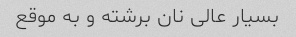
بسیار عالی نان برشته و به موقع